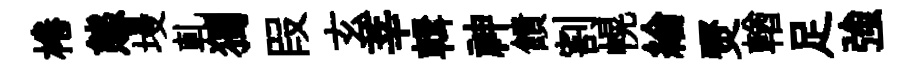
棬態墁乹獨叚玄莘輯神饋割幌綸燹輶足強